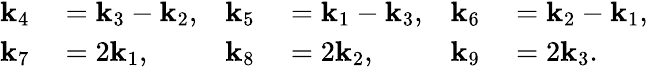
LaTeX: \begin{array}{rl}{\mathbf{k}_{4}}&{{}=\mathbf{k}_{3}-\mathbf{k}_{2},}\\ {\mathbf{k}_{7}}&{{}=2\mathbf{k}_{1},}\end{array}\quad\begin{array}{rl}{\mathbf{k}_{5}}&{{}=\mathbf{k}_{1}-\mathbf{k}_{3},}\\ {\mathbf{k}_{8}}&{{}=2\mathbf{k}_{2},}\end{array}\quad\begin{array}{rl}{\mathbf{k}_{6}}&{{}=\mathbf{k}_{2}-\mathbf{k}_{1},}\\ {\mathbf{k}_{9}}&{{}=2\mathbf{k}_{3}.}\end{array}